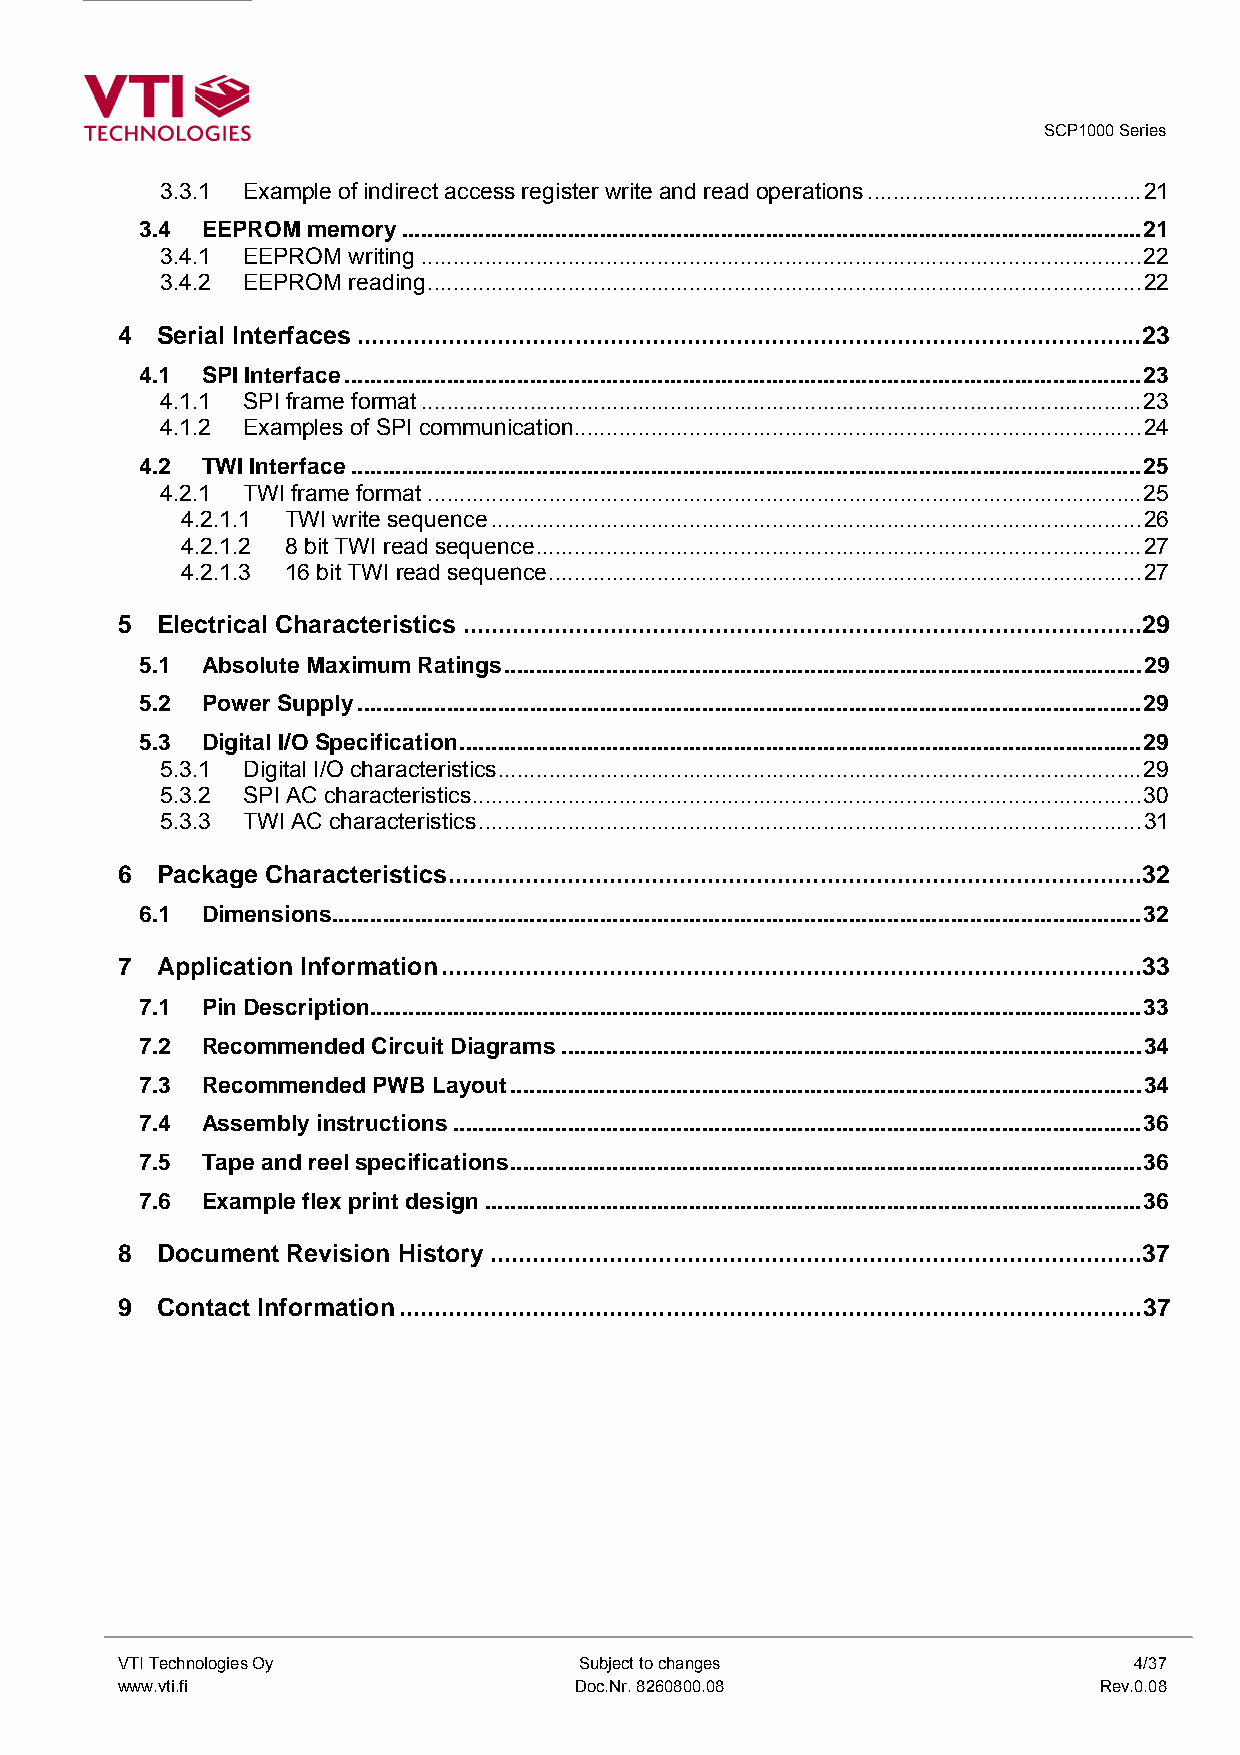
SCP1000 Series
 3.3.1 Example of indirect access register write and read operations...........................................21
 3.4 EEPROM memory....................................................................................................................21
 3.4.1 EEPROM writing.................................................................................................................22
 3.4.2 EEPROM reading................................................................................................................22
 4 Serial Interfaces ................................................................................................................23
 4.1 SPI Interface.............................................................................................................................23
 4.1.1 SPI frame format.................................................................................................................23
 4.1.2 Examples of SPI communication.........................................................................................24
 4.2 TWI Interface............................................................................................................................25
 4.2.1 TWI frame format................................................................................................................25
 4.2.1.1 TWI write sequence......................................................................................................26
 4.2.1.2 8 bit TWI read sequence...............................................................................................27
 4.2.1.3 16 bit TWI read sequence.............................................................................................27
 5 Electrical Characteristics.................................................................................................29
 5.1 Absolute Maximum Ratings....................................................................................................29
 5.2 Power Supply...........................................................................................................................29
 5.3 Digital I/O Specification...........................................................................................................29
 5.3.1 Digital I/O characteristics.....................................................................................................29
 5.3.2 SPI AC characteristics.........................................................................................................30
 5.3.3 TWI AC characteristics........................................................................................................31
 6 Package Characteristics...................................................................................................32
 6.1 Dimensions...............................................................................................................................32
 7 Application Information....................................................................................................33
 7.1 Pin Description.........................................................................................................................33
 7.2 Recommended Circuit Diagrams...........................................................................................34
 7.3 Recommended PWB Layout...................................................................................................34
 7.4 Assembly instructions............................................................................................................36
 7.5 Tape and reel specifications...................................................................................................36
 7.6 Example flex print design.......................................................................................................36
 8 Document Revision History .............................................................................................37
 9 Contact Information..........................................................................................................37
 VTI Technologies Oy           Subject to changes                   4/37
 www.vti.fi                    Doc.Nr. 8260800.08                 Rev.0.08